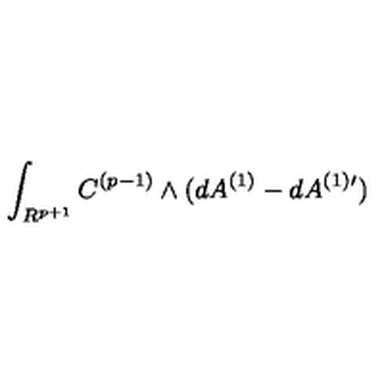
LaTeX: \int _ { R ^ { p + 1 } } C ^ { ( p - 1 ) } \wedge ( d A ^ { ( 1 ) } - d A ^ { ( 1 ) \prime } )